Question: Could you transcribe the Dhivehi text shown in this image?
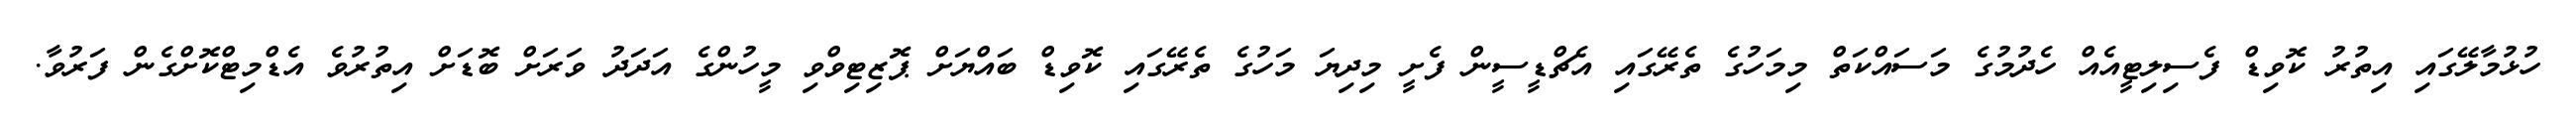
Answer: ހުޅުމާލޭގައި އިތުރު ކޮވިޑް ފެސިލިޓީއެއް ހެދުމުގެ މަސައްކަތް މިމަހުގެ ތެރޭގައި އެޗްޑީސީން ފެށީ މިދިޔަ މަހުގެ ތެރޭގައި ކޮވިޑް ބައްޔަށް ޕޮޒިޓިވްވި މީހުންގެ އަދަދު ވަރަށް ބޮޑަށް އިތުރުވެ އެޑްމިޓްކޮށްގެން ފަރުވާ.